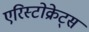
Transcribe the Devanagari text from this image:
एरिस्टोक्रेट्स